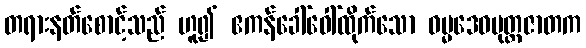
တရားနတ်စောင့်သည် ဟူ၍ ဧကန်ခေါ်ဝေါ်ထိုက်သော ဓမ္မဒေဝပုတ္တဇာတက